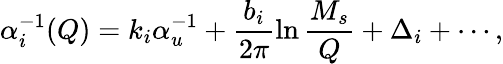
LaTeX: \alpha_{i}^{-1}(Q)=k_{i}\alpha_{u}^{-1}+\frac{b_{i}}{2\pi}\ln\frac{M_{s}}{Q}+\Delta_{i}+\cdots,